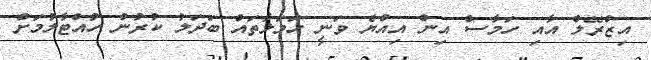
އިޒްރޭލް އާއި ހަމާސް އިން އިއްޔެ ވަނީ ހަމަލާތައް ބަދަލު ކުރުން ހުއްޓާލުމަށް